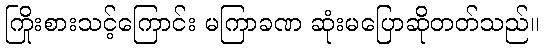
ကြိုးစားသင့်ကြောင်း မကြာခဏ ဆုံးမပြောဆိုတတ်သည်။